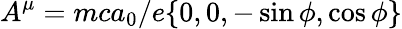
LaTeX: A^{\mu}=mca_{0}/e\{ 0,0,-\sin\phi,\cos\phi\}